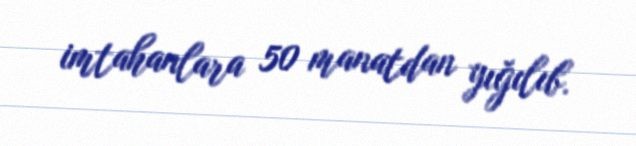
imtahanlara 50 manatdan yığılıb.